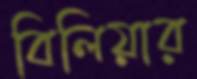
বিলিয়ার